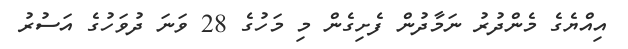
އިއްޔެގެ މެންދުރު ނަމާދުން ފެށިގެން މި މަހުގެ 28 ވަނަ ދުވަހުގެ އަސުރު